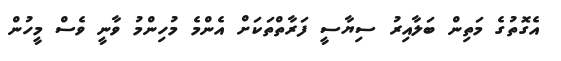
އެގޮތުގެ މަތިން ބަލާއިރު ސިޔާސީ ފަރާތްތަކަށް އެންމެ މުހިންމު ވާނީ ވެސް މީހުން